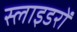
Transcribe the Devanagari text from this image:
स्लाइडरों